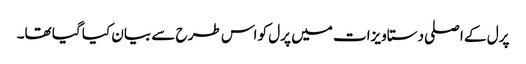
پرل کے اصلی دستاویزات میں پرل کو اس طرح سے بیان کیا گیا تھا۔